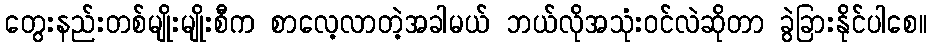
တွေးနည်းတစ်မျိုးမျိုးစီက စာလေ့လာတဲ့အခါမယ် ဘယ်လိုအသုံးဝင်လဲဆိုတာ ခွဲခြားနိုင်ပါစေ။